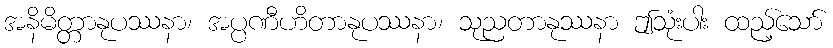
အနိမိတ္တာနုပဿနာ၊ အပ္ပဏီဟိတာနုပဿနာ၊ သုညတာနုဿနာ ဤသုံးပါး ထည့်သော်